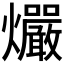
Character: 𰟻